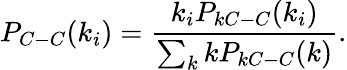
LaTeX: P_{C-C}(k_{i})=\frac{k_{i}P_{kC-C}(k_{i})}{\sum_{k}kP_{kC-C}(k)}.